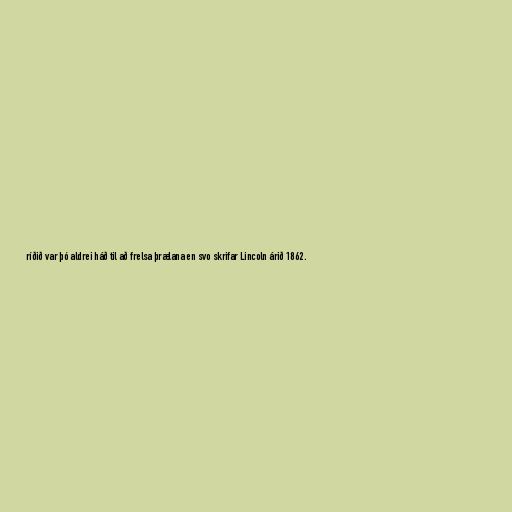
ríðið var þó aldrei háð til að frelsa þrælana en svo skrifar Lincoln árið 1862.